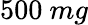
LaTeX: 500\ mg